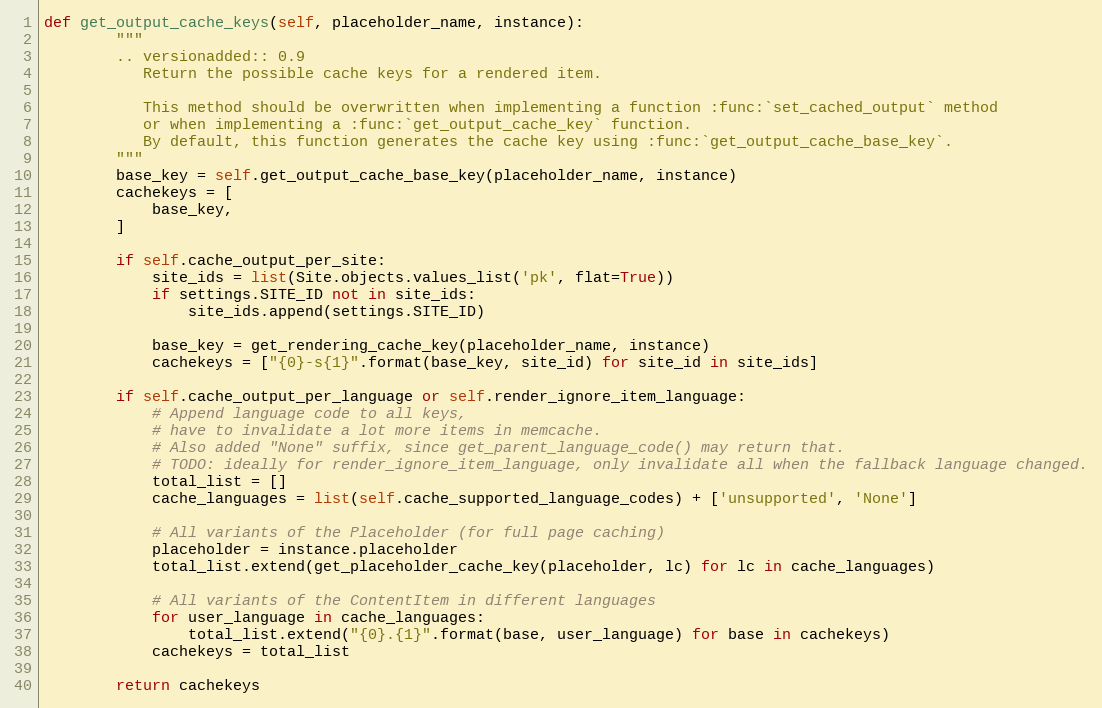
Language: Python
def get_output_cache_keys(self, placeholder_name, instance):
        """
        .. versionadded:: 0.9
           Return the possible cache keys for a rendered item.

           This method should be overwritten when implementing a function :func:`set_cached_output` method
           or when implementing a :func:`get_output_cache_key` function.
           By default, this function generates the cache key using :func:`get_output_cache_base_key`.
        """
        base_key = self.get_output_cache_base_key(placeholder_name, instance)
        cachekeys = [
            base_key,
        ]

        if self.cache_output_per_site:
            site_ids = list(Site.objects.values_list('pk', flat=True))
            if settings.SITE_ID not in site_ids:
                site_ids.append(settings.SITE_ID)

            base_key = get_rendering_cache_key(placeholder_name, instance)
            cachekeys = ["{0}-s{1}".format(base_key, site_id) for site_id in site_ids]

        if self.cache_output_per_language or self.render_ignore_item_language:
            # Append language code to all keys,
            # have to invalidate a lot more items in memcache.
            # Also added "None" suffix, since get_parent_language_code() may return that.
            # TODO: ideally for render_ignore_item_language, only invalidate all when the fallback language changed.
            total_list = []
            cache_languages = list(self.cache_supported_language_codes) + ['unsupported', 'None']

            # All variants of the Placeholder (for full page caching)
            placeholder = instance.placeholder
            total_list.extend(get_placeholder_cache_key(placeholder, lc) for lc in cache_languages)

            # All variants of the ContentItem in different languages
            for user_language in cache_languages:
                total_list.extend("{0}.{1}".format(base, user_language) for base in cachekeys)
            cachekeys = total_list

        return cachekeys